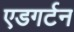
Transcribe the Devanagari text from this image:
एडगर्टन